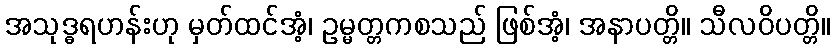
အသုဒ္ဓရဟန်းဟု မှတ်ထင်အံ့၊ ဥမ္မတ္တကစသည် ဖြစ်အံ့၊ အနာပတ္တိ။ သီလဝိပတ္တိ။